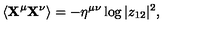
\langle { \bf X } ^ { \mu } { \bf X } ^ { \nu } \rangle = - \eta ^ { \mu \nu } \log | z _ { 1 2 } | ^ { 2 } ,